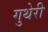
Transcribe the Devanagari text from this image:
गुथेरी